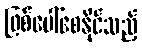
ဖြစ်ပေါ်စေနိုင်သည့်